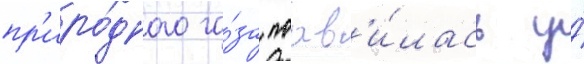
пр'иро́дного га́за поав'и́лась у́